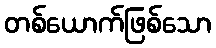
တစ်ယောက်ဖြစ်သော